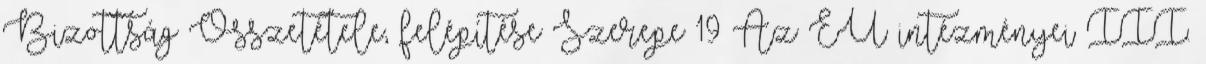
Bizottság Összetétele, felépítése Szerepe 19 Az EU intézményei III.